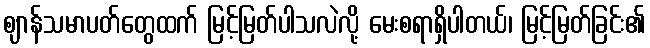
ဈာန်သမာပတ်တွေထက် မြင့်မြတ်ပါသလဲလို့ မေးစရာရှိပါတယ်၊ မြင့်မြတ်ခြင်း၏